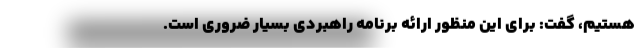
هستیم، گفت: برای این منظور ارائه برنامه راهبردی بسیار ضروری است.